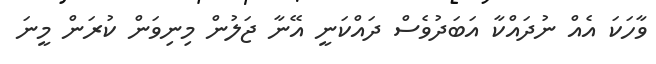
ވާހަކަ އެއް ނުދައްކާ އަބަދުވެސް ދައްކަނީ އޭނާ ޖަލުން މިނިވަން ކުރަން މީނަ